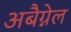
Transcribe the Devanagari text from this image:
अबैग्नेल